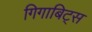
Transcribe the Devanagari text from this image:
गिगाबिट्स